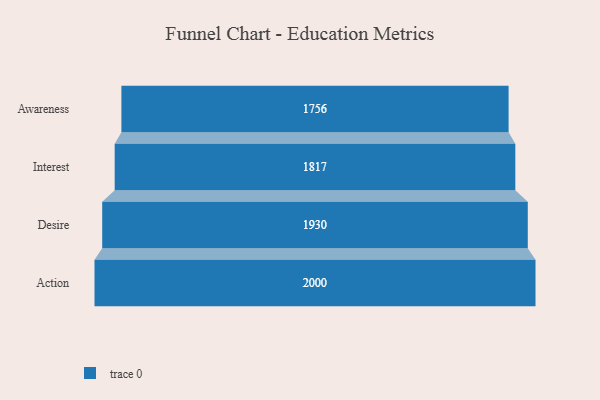
{"axis": {"x": "Stage", "y": "Value"}, "legend": [""], "data": [{"x": "Awareness", "y": 1756.0, "type": ""}, {"x": "Interest", "y": 1817.0, "type": ""}, {"x": "Desire", "y": 1930.0, "type": ""}, {"x": "Action", "y": 2000, "type": ""}]}